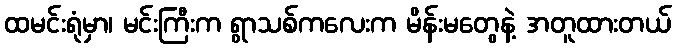
ထမင်းရုံမှာ၊ မင်းကြီးက ရွာသစ်ကလေးက မိန်းမတွေနဲ့ အတူထားတယ်